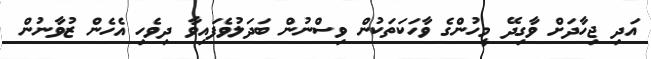
އަދި ޖިހާދަށް ވާގިދޭ މީހުންގެ ވާހަކަތަކުން ވިސްނުން ބަދަލުވެފައިވާ ދިވެހި އެހެން ޒުވާނުން